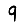
Digit: 9